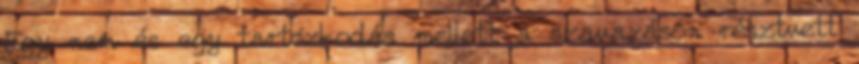
Egy nem és egy tartózkodás mellett a szavazáson résztvett